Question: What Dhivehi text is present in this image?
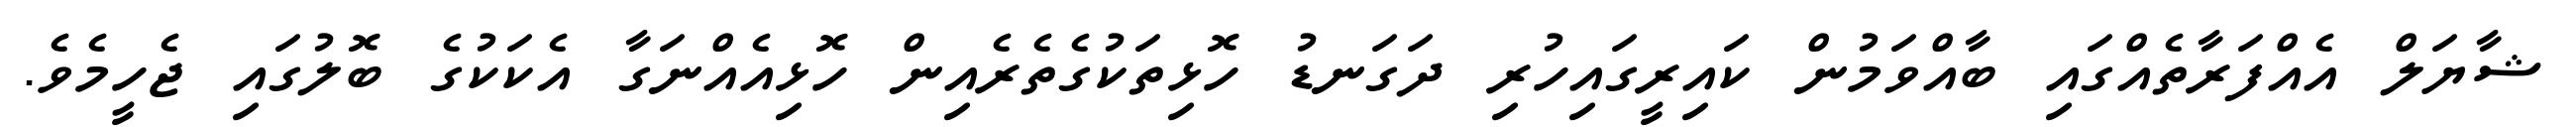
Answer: ޝާޔަލް އެއްފަރާތެއްގައި ބާއްވަމުން ކައިރީގައިހުރި ދަގަނޑު ހޮޅިތަކުގެތެރެއިން ހޮޅިއެއްނަގާ އެކަކުގެ ބޮލުގައި ޖެހީމެވެ.